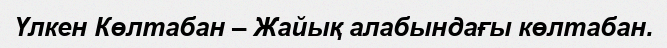
Үлкен Көлтабан – Жайық алабындағы көлтабан.